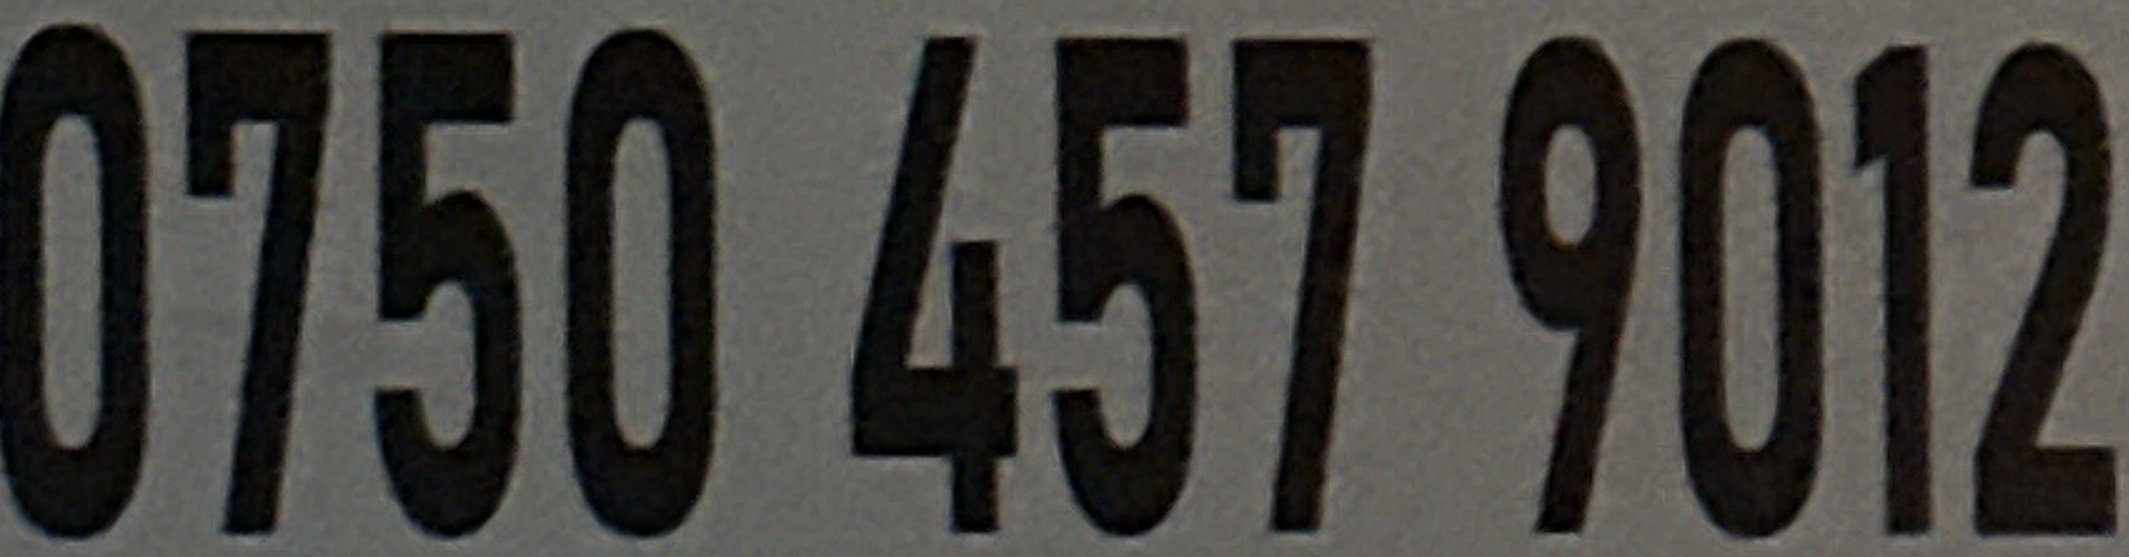
0750 457 9012